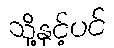
သို့နှင့်ပင်